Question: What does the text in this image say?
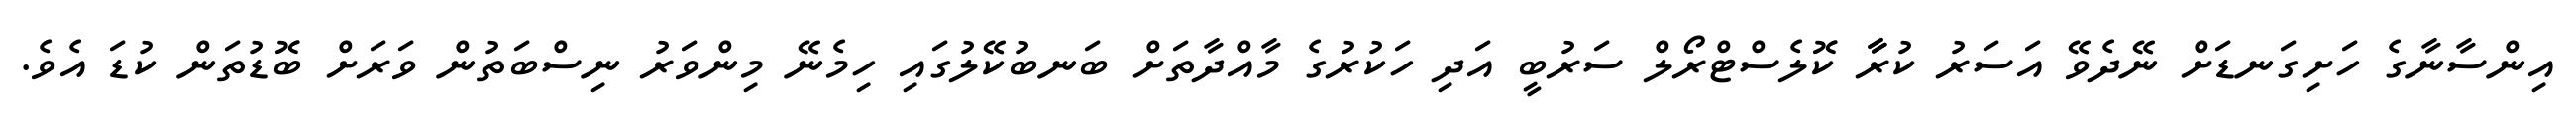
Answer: އިންސާނާގެ ހަށިގަނޑަށް ނޭދެވޭ އަސަރު ކުރާާ ކޮލެސްޓްރޯލް ސަރުބީ އަދި ހަކުރުގެ މާއްދާތަށް ބަނބުކޭލުގައި ހިމެނޭ މިންވަރު ނިސްބަތުން ވަރަށް ބޮޑުތަން ކުޑަ އެވެ.